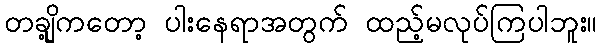
တချို့ကတော့ ပါးနေရာအတွက် ထည့်မလုပ်ကြပါဘူး။